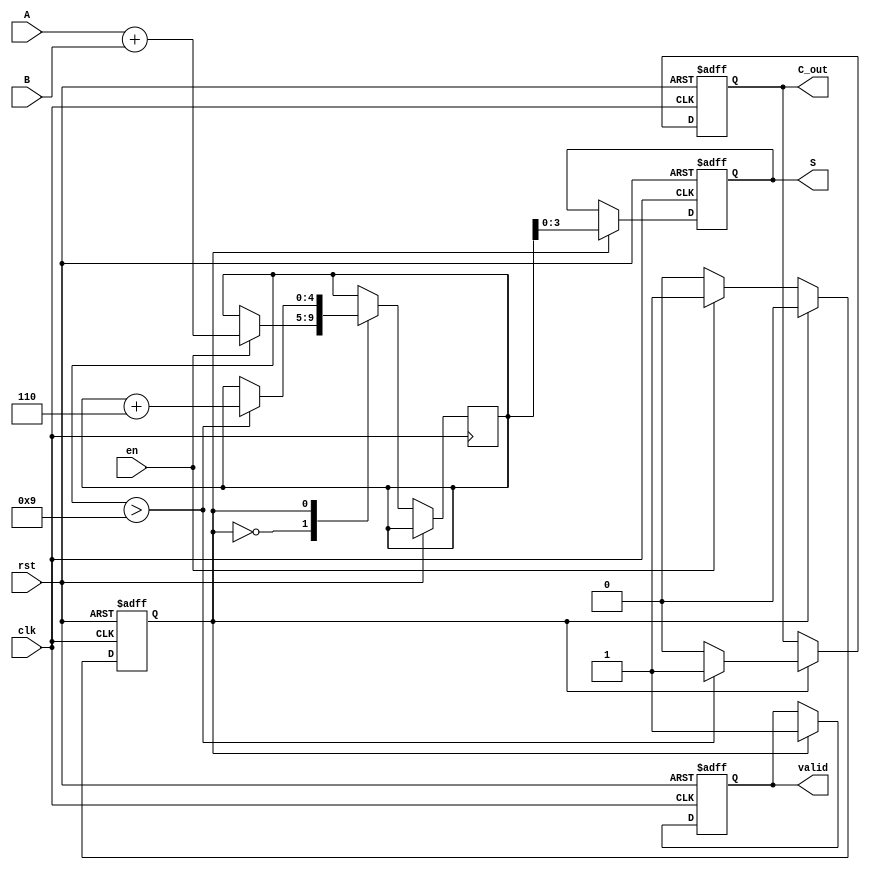
module BCD_Sequential_Adder (
    input wire [3:0] A,      // 4-bit BCD input A
    input wire [3:0] B,      // 4-bit BCD input B
    input wire clk,          // Clock signal
    input wire rst,          // Reset signal
    input wire en,           // Enable signal
    output reg [3:0] S,      // 4-bit BCD result
    output reg C_out,        // Carry-out signal
    output reg valid         // Valid output indicator
);

    // Internal signals
    reg [4:0] sum;           // 5-bit sum to accommodate carry
    reg adding;              // State flag for adding operation

    // State machine states
    localparam IDLE = 1'b0, ADDING = 1'b1;

    // Sequential logic for state management
    always @(posedge clk or posedge rst) begin
        if (rst) begin
            S <= 4'b0000;      // Reset output
            C_out <= 1'b0;     // Reset carry-out
            valid <= 1'b0;     // Reset valid indicator
            adding <= IDLE;     // Set state to IDLE
        end else begin
            case (adding)
                IDLE: begin
                    if (en) begin
                        sum <= A + B; // Compute sum of A and B
                        adding <= ADDING; // Move to ADDING state
                    end
                end
                ADDING: begin
                    // Check if sum exceeds 9
                    if (sum > 9) begin
                        sum <= sum + 5'b00110; // Adjust by adding 6
                        C_out <= 1'b1; // Set carry-out
                    end else begin
                        C_out <= 1'b0; // No carry-out
                    end
                    S <= sum[3:0]; // Update output with lower 4 bits
                    valid <= 1'b1; // Indicate valid output
                    adding <= IDLE; // Return to IDLE state after operation
                end
            endcase
        end
    end

endmodule